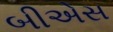
બીએસ